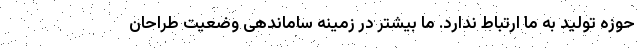
حوزه تولید به ما ارتباط ندارد. ما بیشتر در زمینه ساماندهی وضعیت طراحان